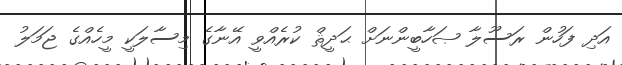
އަދި ފަހުން ރަސޫލާ ޞަހާބީންނަށް ޙަދީޘް ކުރެއްވީ އޭނާގެ މިސާލަކީ މީހެއްގެ ޖަމަލު